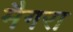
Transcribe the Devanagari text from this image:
मैगरा